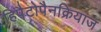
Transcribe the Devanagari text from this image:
हिपैटोपैनक्रियाज